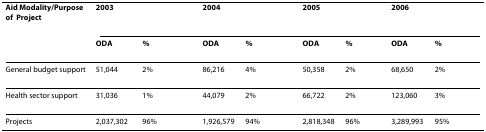
| Aid Modality/Purpose of Project | <COLSPAN=2> 2003 | <COLSPAN=2> 2004 | 2005 |  | 2006 |  |
 |  | ODA | % | ODA | % | ODA | % | ODA | % |
 | --- | --- | --- | --- | --- | --- | --- | --- | --- |
 | General budget support | 51,044 | 2% | 86,216 | 4% | 50,358 | 2% | 68,650 | 2% |
 | Health sector support | 31,036 | 1% | 44,079 | 2% | 66,722 | 2% | 123,060 | 3% |
 | Projects | 2,037,302 | 96% | 1,926,579 | 94% | 2,818,348 | 96% | 3,289,993 | 95% |